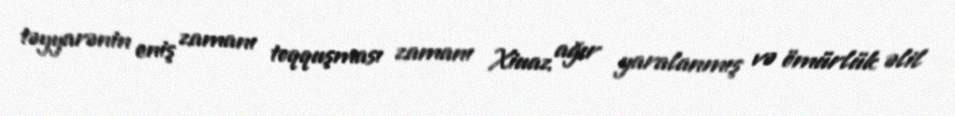
təyyarənin eniş zamanı toqquşması zamanı Xiuaz ağır yaralanmış və ömürlük əlil